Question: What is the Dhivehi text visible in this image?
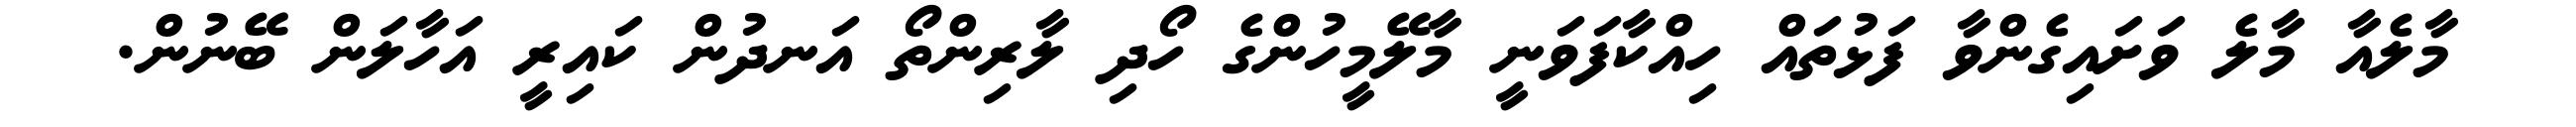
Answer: މާލެއާ މާލެ ވަށައިގެންވާ ފަޅުތައް ހިއްކާފަވަނީ މާލޭމީހުންގެ ހޯދި ލާރިންތޯ އަނދުން ކައިރީ އަހާލަން ބޭނުން.